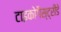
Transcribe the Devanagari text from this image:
टाइकोगैस्ट्रीडे